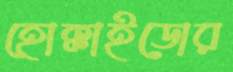
হোক্কাইডোর